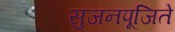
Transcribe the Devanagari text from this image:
सुजनपूजिते